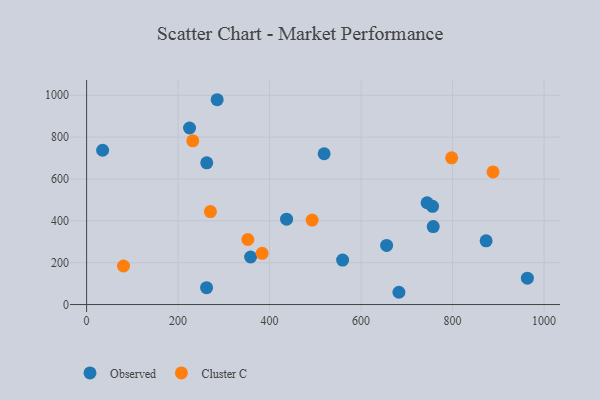
{"axis": {"x": "Investment", "y": "Rating"}, "legend": ["Cluster C", "Observed"], "data": [{"x": "437.1", "y": 407.8, "type": "Observed"}, {"x": "682.7", "y": 58.6, "type": "Observed"}, {"x": "35.0", "y": 737.2, "type": "Observed"}, {"x": "285.4", "y": 978.6, "type": "Observed"}, {"x": "756.2", "y": 469.5, "type": "Observed"}, {"x": "655.8", "y": 282.5, "type": "Observed"}, {"x": "225.0", "y": 843.4, "type": "Observed"}, {"x": "757.7", "y": 372.6, "type": "Observed"}, {"x": "262.6", "y": 677.1, "type": "Observed"}, {"x": "358.5", "y": 227.2, "type": "Observed"}, {"x": "873.3", "y": 304.5, "type": "Observed"}, {"x": "559.6", "y": 212.4, "type": "Observed"}, {"x": "744.3", "y": 486.4, "type": "Observed"}, {"x": "519.2", "y": 720.4, "type": "Observed"}, {"x": "262.2", "y": 80.5, "type": "Observed"}, {"x": "963.5", "y": 126.2, "type": "Observed"}, {"x": "270.6", "y": 444.4, "type": "Cluster C"}, {"x": "798.0", "y": 701.1, "type": "Cluster C"}, {"x": "80.6", "y": 184.1, "type": "Cluster C"}, {"x": "352.4", "y": 310.7, "type": "Cluster C"}, {"x": "383.7", "y": 244.5, "type": "Cluster C"}, {"x": "888.4", "y": 633.4, "type": "Cluster C"}, {"x": "232.1", "y": 782.2, "type": "Cluster C"}, {"x": "493.0", "y": 403.4, "type": "Cluster C"}]}